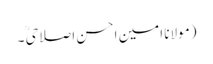
(مولانا امین احسن اصلاحیؒ ۔